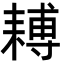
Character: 𦔍